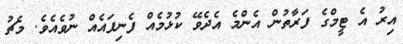
އިރު އެ ޓީމްގެ ފަރާތުން އެންމެ އެދެވޭ ކުޅުމެއް ފެނިފައެއް ނުވެއެވެ. މެޗު